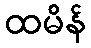
ထမိန်